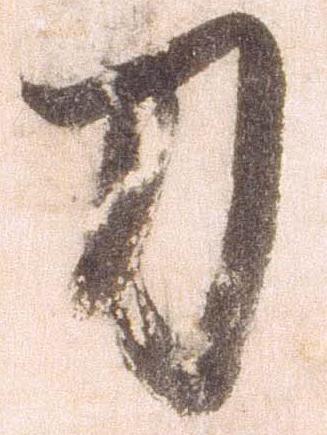
刀